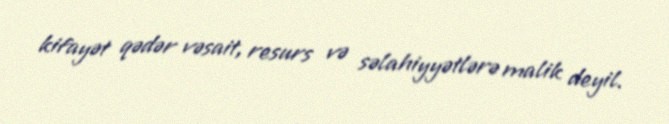
kifayət qədər vəsait, resurs və səlahiyyətlərə malik deyil.